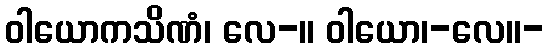
ဝါယောကသိဏံ၊ လေ-။ ဝါယော၊-လေ။-